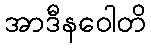
အာဒီနဝေါတိ